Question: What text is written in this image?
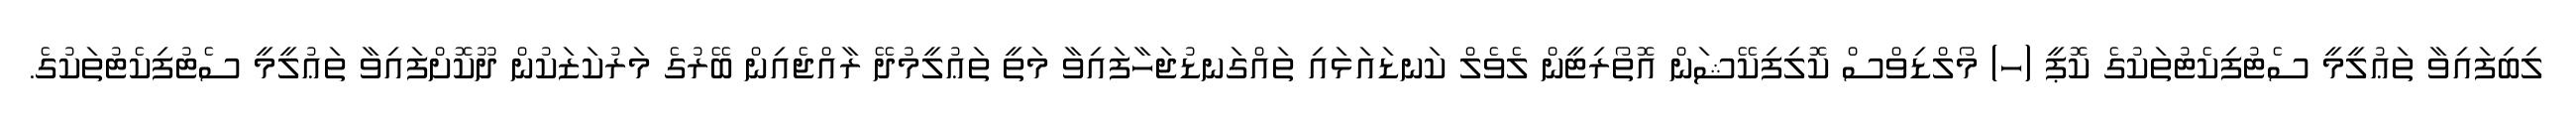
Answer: ލިބިފައިވާ ތަޢުލީމީ ސެޓުފިކެޓުތަކުގެ ކޮޕީ (ހ) މޯލްޑިވްސް ކޮލިފިކޭޝަން އޮތޯރިޓީން ލެވެލް ކަނޑައަޅައި ތައްގަނޑުޖަހާފައިވާ މަތީ ތަޢުލީމުދޭ ރާއްޖެއިން ބޭރުގެ މަރުކަޒަކުން ދޫކޮށްފައިވާ ތަޢުލީމީ ސެޓުފިކެޓުތަކުގެ.